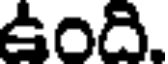
ఉంది.